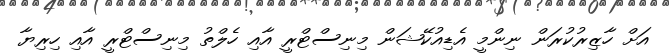
އަށް ހާޒިރުކުރަން ނިންމީ އެޑިއުކޭޝަން މިނިސްޓްރީ އާއި ހެލްތު މިނިސްޓްރީ އާއި ހިރިޔާ